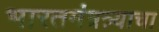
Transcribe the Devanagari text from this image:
भारतमंत्रत्र्याचा